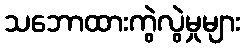
သဘောထားကွဲလွဲမှုများ